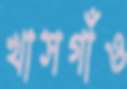
খাসগাঁও